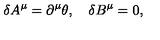
\delta A ^ { \mu } = \partial ^ { \mu } \theta , \quad \delta B ^ { \mu } = 0 ,